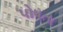
પોષતા